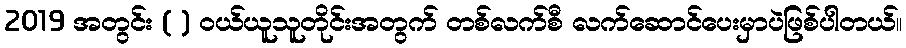
2019 အတွင်း ( ) ဝယ်ယူသူတိုင်းအတွက် တစ်လက်စီ လက်ဆောင်ပေးမှာပဲဖြစ်ပါတယ်။